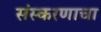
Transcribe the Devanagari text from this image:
संस्करणाचा